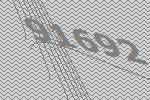
91692